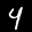
Label: 4